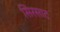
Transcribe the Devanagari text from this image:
सिरसाट